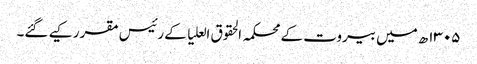
۱۳۰۵ھ میں بیروت کے محکمہ الحقوق العلیا کے رئیس مقرر کیے گئے۔